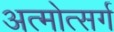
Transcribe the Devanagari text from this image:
अत्मोत्सर्ग